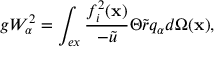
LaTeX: g W _ { \alpha } ^ { 2 } = \int _ { e x } \frac { f _ { i } ^ { 2 } ( \mathbf { x } ) } { - \tilde { u } } \Theta \tilde { r } q _ { \alpha } d \Omega ( \mathbf { x } ) ,